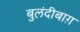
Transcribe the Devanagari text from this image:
बुलंदीबाग़